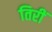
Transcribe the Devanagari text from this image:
तिरीं